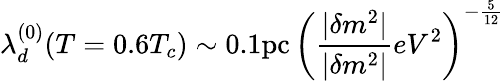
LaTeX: \lambda_{d}^{(0)}(T=0.6T_{c})\sim 0.1\mathrm{pc}\, \left(\frac{|\delta m^{2}|}{|\delta m^{2}|}{eV^{2}}\right)^{-\frac{5}{12}}